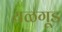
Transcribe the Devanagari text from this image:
यळगूड